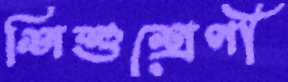
শিশুশ্রেণী